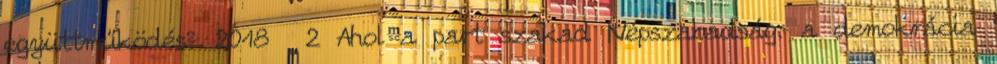
együttműködés? 2018 2 Ahol a part szakad Népszabadság: a demokrácia